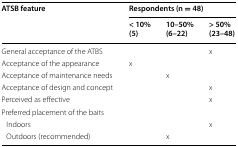
<table><thead><tr><td rowspan="2"><b>ATSB feature</b></td><td colspan="3"><b>Respondents (n = 48)</b></td></tr><tr><td><b>&lt; 10%(5)</b></td><td><b>10–50%(6–22)</b></td><td><b>&gt; 50%(23–48)</b></td></tr></thead><tbody><tr><td>General acceptance of the ATBS</td><td></td><td></td><td>x</td></tr><tr><td>Acceptance of the appearance</td><td>x</td><td></td><td></td></tr><tr><td>Acceptance of maintenance needs</td><td></td><td>x</td><td></td></tr><tr><td>Acceptance of design and concept</td><td></td><td></td><td>x</td></tr><tr><td>Perceived as effective</td><td></td><td></td><td>x</td></tr><tr><td>Preferred placement of the baits</td><td></td><td></td><td></td></tr><tr><td> Indoors</td><td></td><td></td><td>x</td></tr><tr><td> Outdoors (recommended)</td><td></td><td>x</td><td></td></tr></tbody></table>